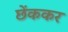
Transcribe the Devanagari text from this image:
छेंककर